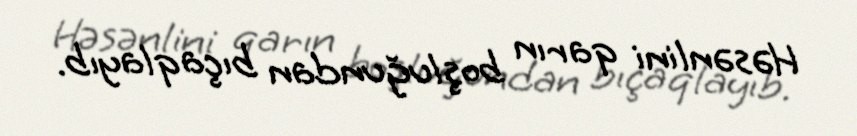
Həsənlini qarın boşluğundan bıçaqlayıb.